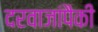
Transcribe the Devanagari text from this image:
दरवाजांपैकी